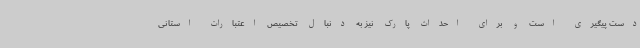
دست پیگیری است و برای احداث پارک نیز به دنبال تخصیص اعتبارات استانی